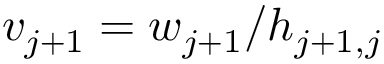
v _ { j + 1 } = w _ { j + 1 } / h _ { j + 1 , j }